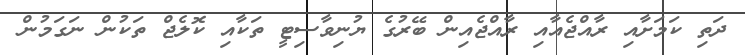
ދަތި ކަމަށާއި ރާއްޖެއާއި ރާއްޖެއިން ބޭރުގެ ޔުނިވާސިޓީ ތަކާއި ކޮލެޖް ތަކުން ނަގަމުން